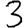
Digit: 3